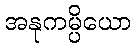
အနုကမ္ပိယော